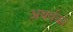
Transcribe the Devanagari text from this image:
अथर्वको